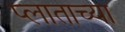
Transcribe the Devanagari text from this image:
प्लाताच्या